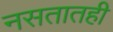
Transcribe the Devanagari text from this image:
नसतातही